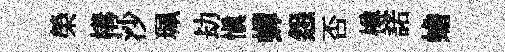
榮構沙珮劫愼蟬怨否樽諾蟾